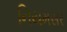
નિયમસર